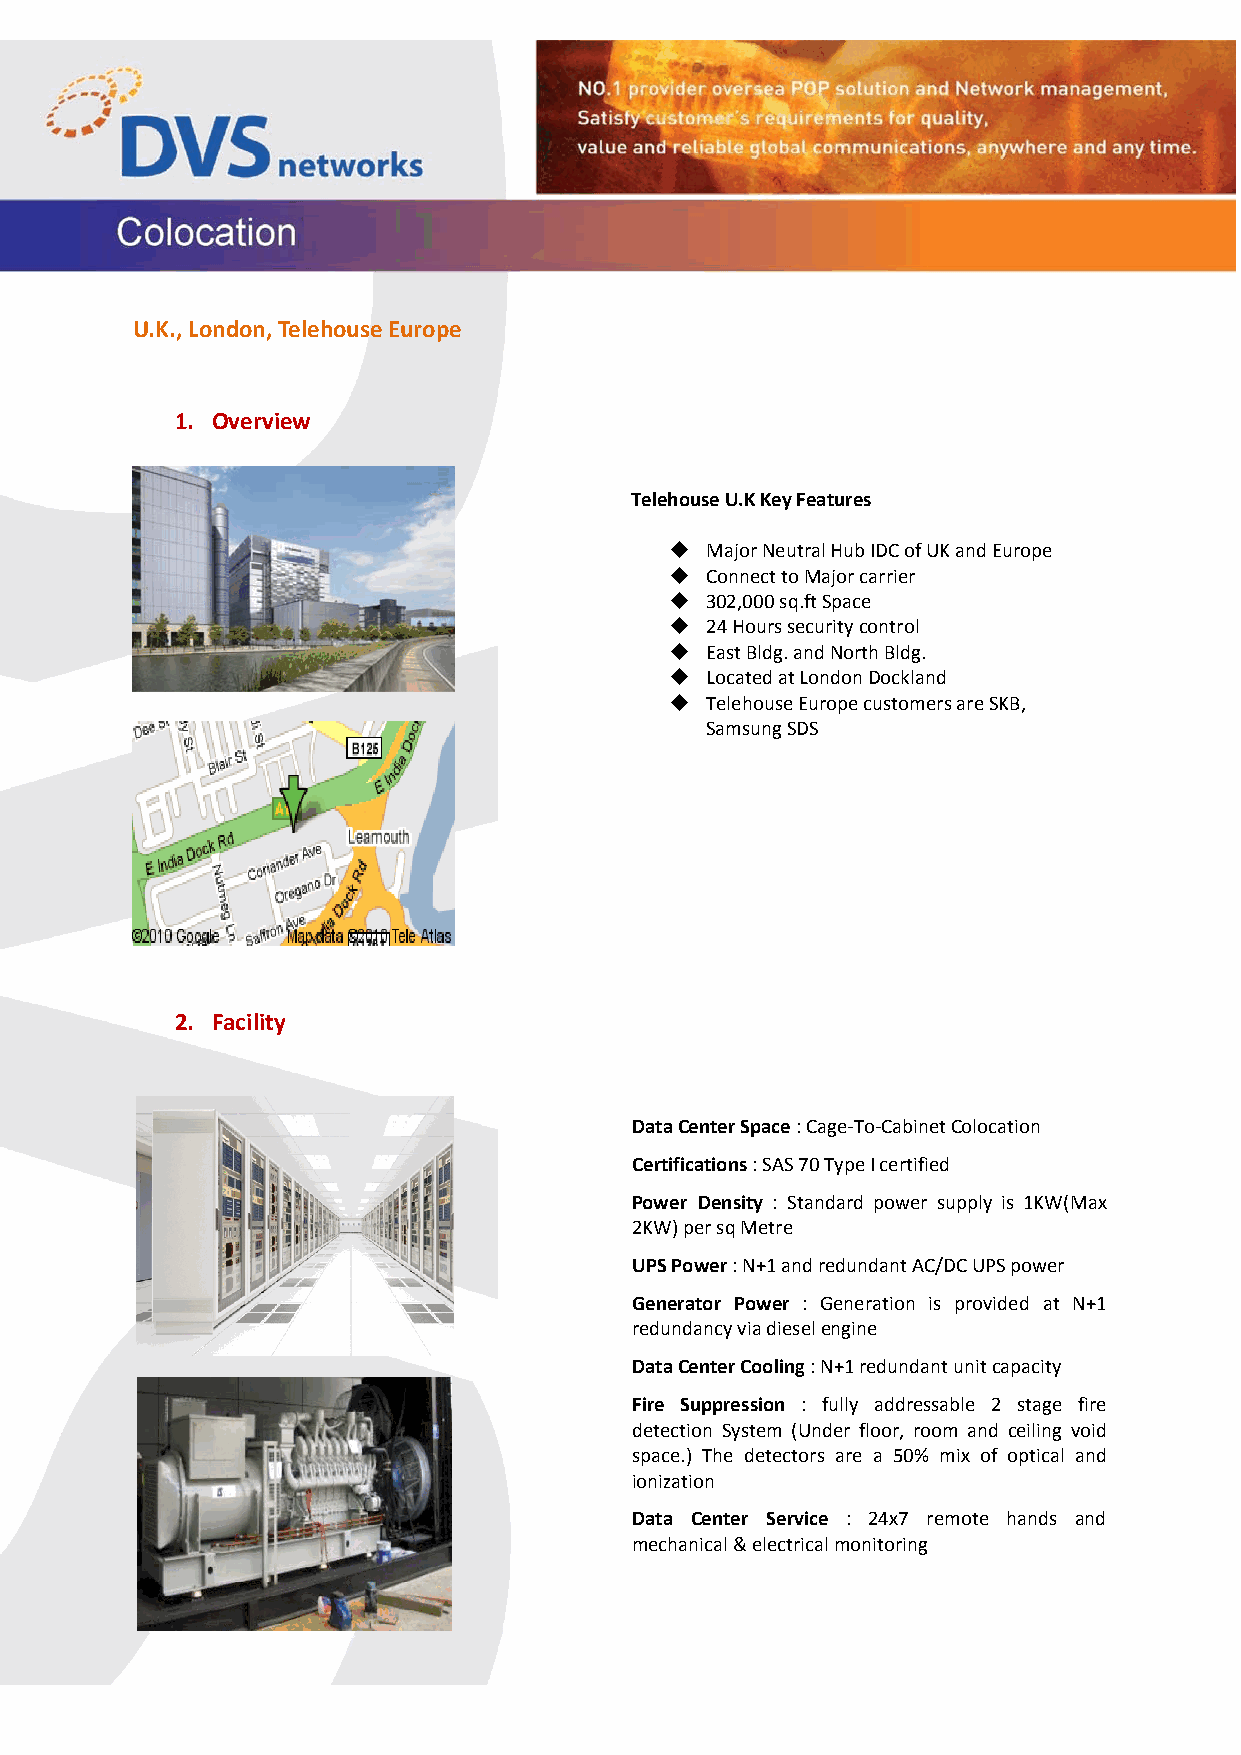
U.K., London, Telehouse Europe
 1. Overview
 Telehouse U.K Key Features
   Major Neutral Hub IDC of UK and Europe
   Connect to Major carrier
   302,000 sq.ft Space
   24 Hours security control
   East Bldg. and North Bldg.
   Located at London Dockland
   Telehouse Europe customers are SKB,
 Samsung SDS
 2. Facility
 Data Center Space : Cage‐To‐Cabinet Colocation
 Certifications : SAS 70 Type I certified
 Power Density : Standard power supply is 1KW(Max
 2KW) per sq Metre
 UPS Power : N+1 and redundant AC/DC UPS power
 Generator Power : Generation is provided at N+1
 redundancy via diesel engine
 Data Center Cooling : N+1 redundant unit capacity
 Fire Suppression : fully addressable 2 stage fire
 detection System (Under floor, room and ceiling void
 space.) The detectors are a 50% mix of optical and
 ionization
 Data Center Service : 24x7 remote hands and
 mechanical & electrical monitoring